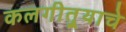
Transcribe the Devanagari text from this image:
कलगीतुर्‍याचे